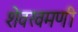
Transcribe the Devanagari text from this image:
शेवखमणी